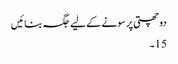
دو چھتی پر سونے کے لیے جگہ بنائیں
15۔